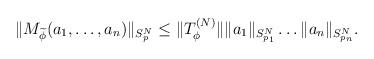
LaTeX: \begin{align*}\Vert M_{\widetilde{\phi}}(a_1, \ldots, a_n ) \Vert_{S_p^N} \leq \Vert T_{\phi}^{(N)} \Vert \Vert a_1 \Vert_{S_{p_1}^N} \ldots \Vert a_n \Vert_{S_{p_n}^N}.\end{align*}